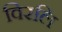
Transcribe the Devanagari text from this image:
विरलि